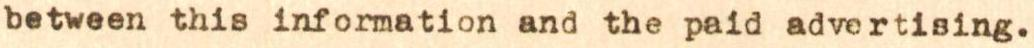
between this information and the paid advertising.